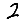
Digit: 2